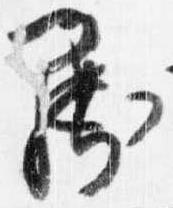
罷